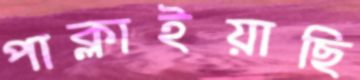
পাক্‌লাইয়াছি